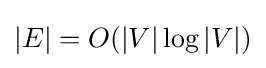
|E|=O(|V|\log |V|)